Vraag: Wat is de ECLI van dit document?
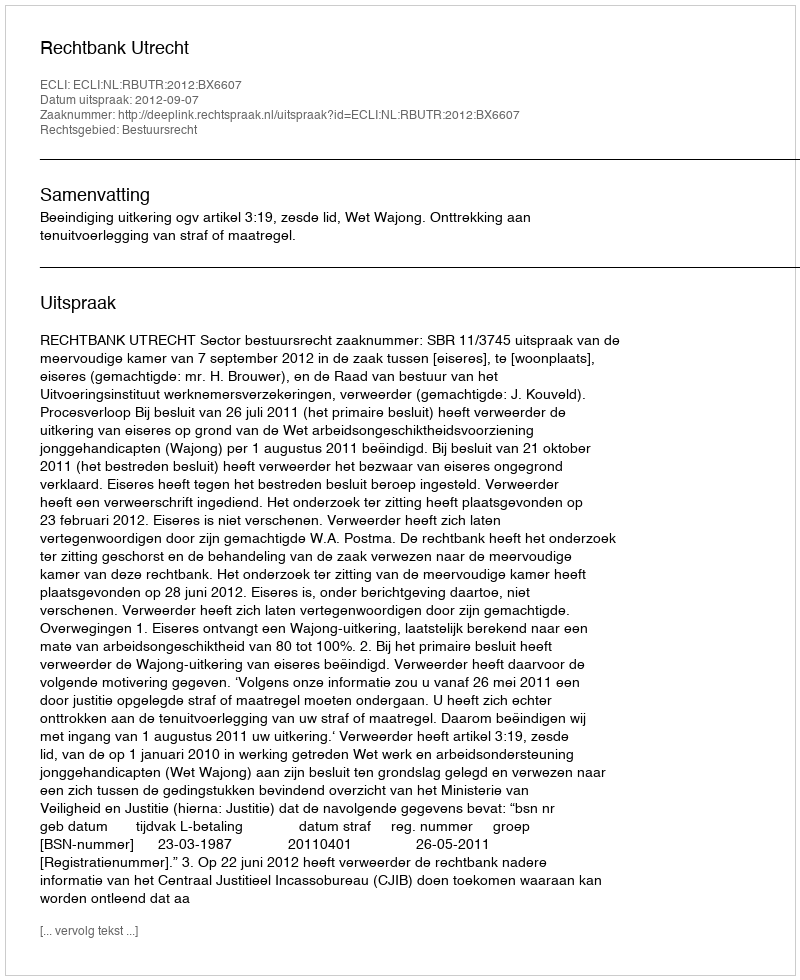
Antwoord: ECLI:NL:RBUTR:2012:BX6607